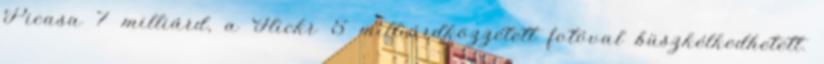
Picasa 7 milliárd, a Flickr 5 milliárdközzétett fotóval büszkélkedhetett.